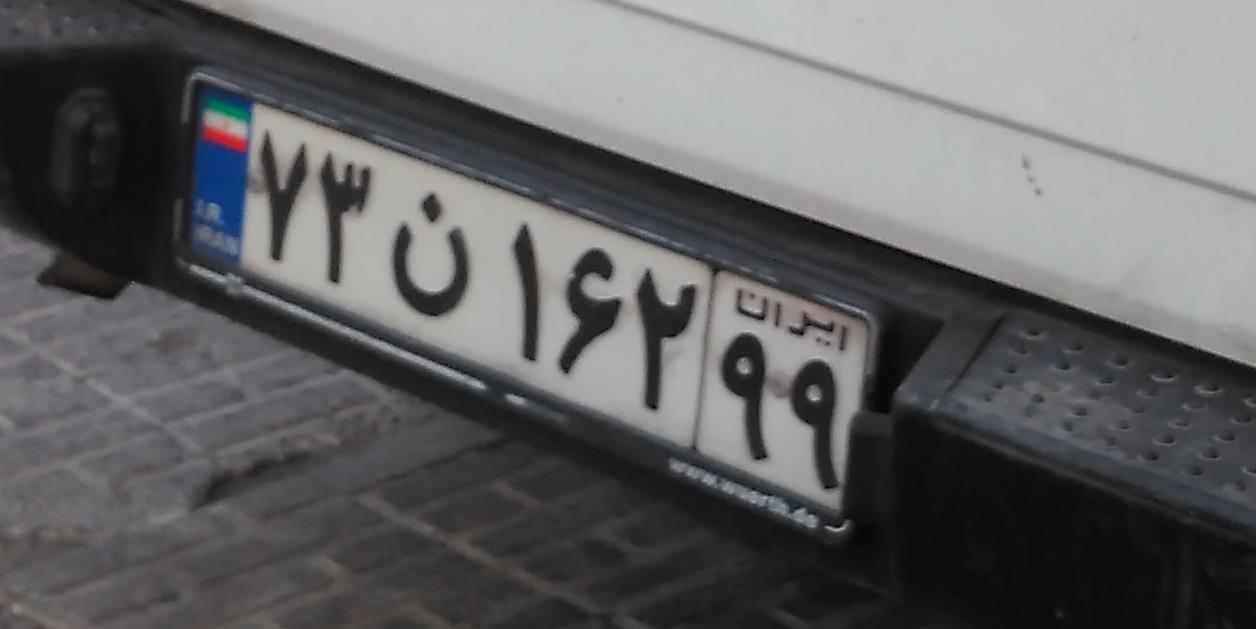
۷۳ن۱۶۲۹۹